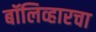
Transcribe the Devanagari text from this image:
बॉलिव्हारचा